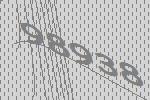
98938